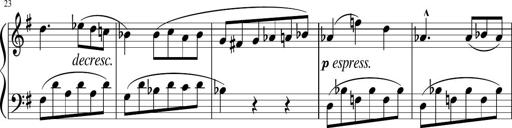
Title: 3 Sonatinen
Composer: Heinrich Lichner